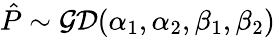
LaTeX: \hat{P}\sim\mathcal{GD}(\alpha_{1},\alpha_{2},\beta_{1},\beta_{2})